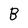
Character: B